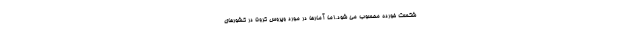
شكست خورده محسوب مي شود.اما آمارها در مورد ویروس کرونا در کشورهای